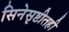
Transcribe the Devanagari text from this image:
सिनेसृष्टीतही